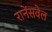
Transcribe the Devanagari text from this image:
रानेंसवेल